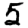
Digit: 5